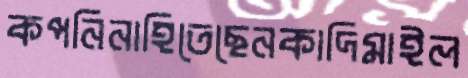
কপনিনাহিতেছেনকাদিমাইল